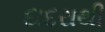
દાદરાથી